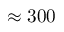
\approx 3 0 0